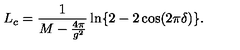
L _ { c } = \frac { 1 } { M - \frac { 4 \pi } { g ^ { 2 } } } \ln \{ 2 - 2 \cos ( 2 \pi \delta ) \} .